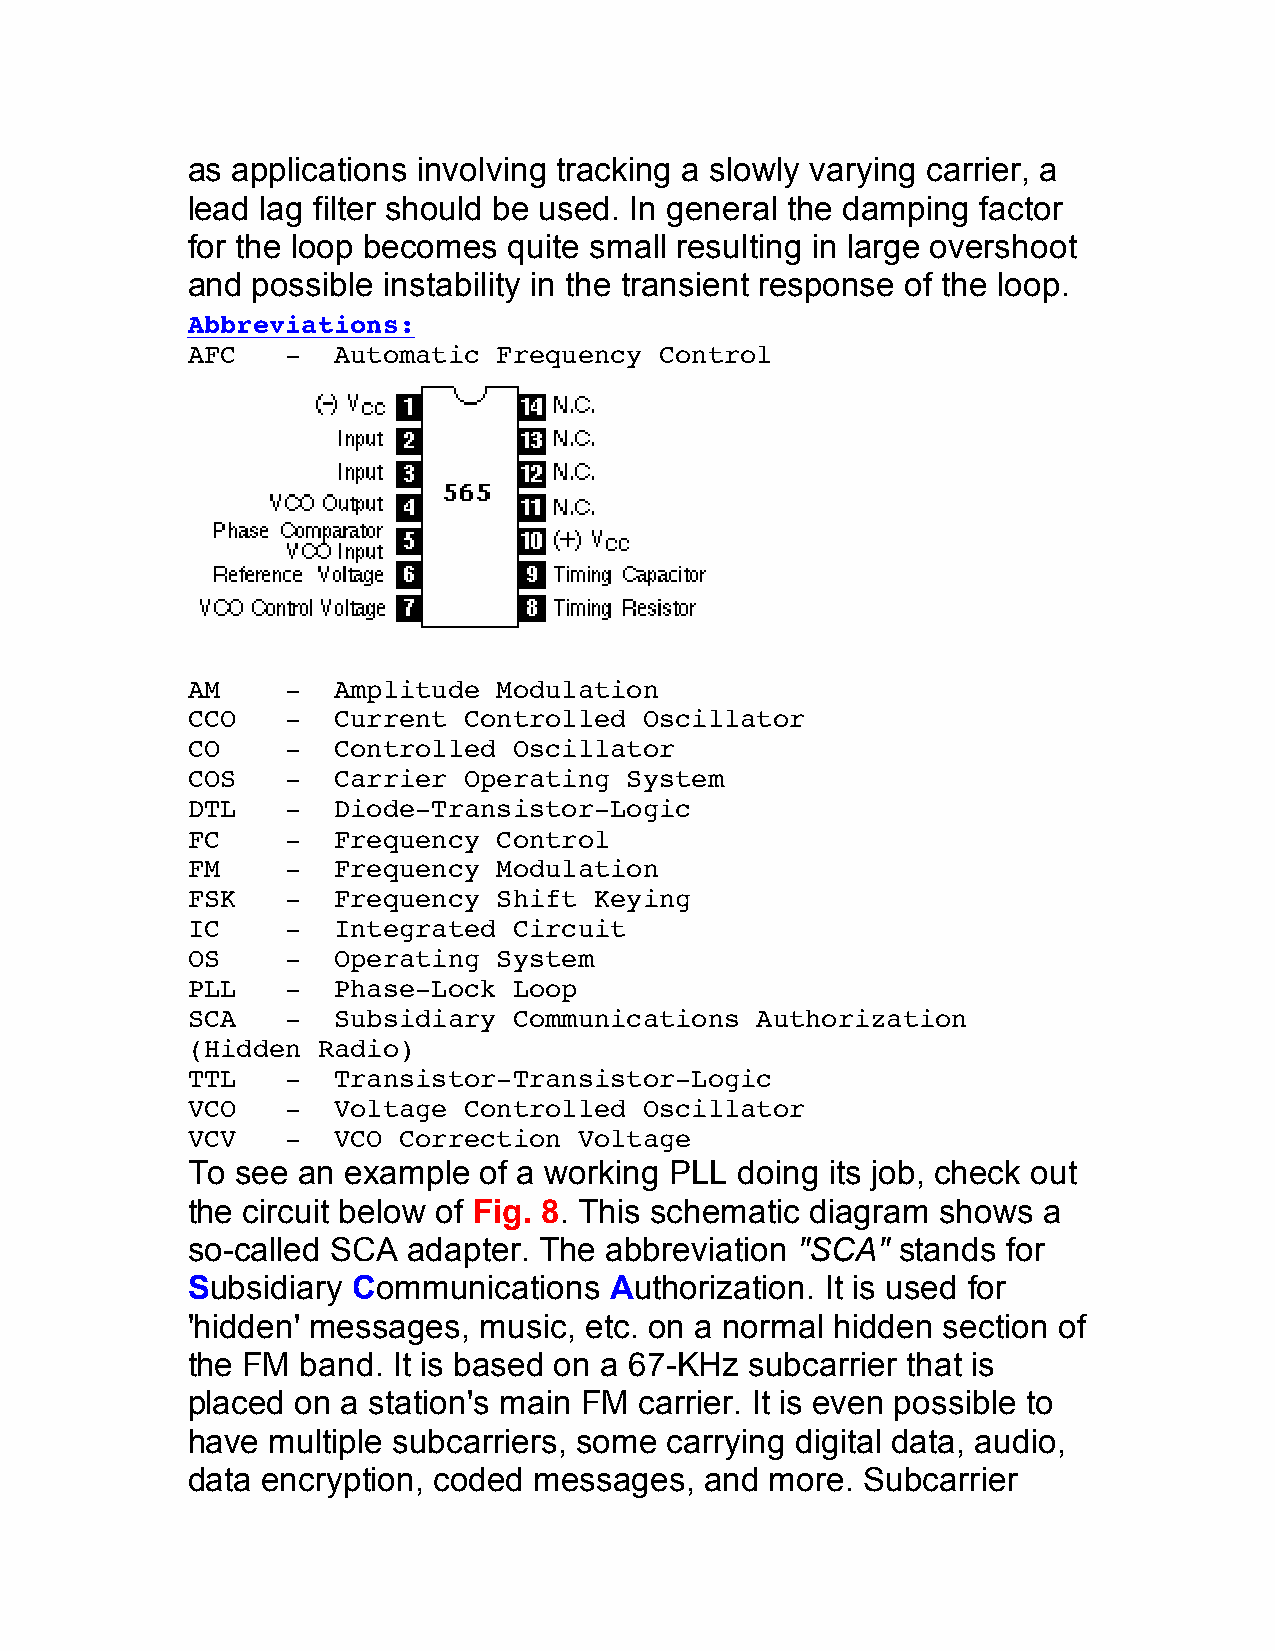
as applications involving tracking a slowly varying carrier, a
 lead lag filter should be used. In general the damping factor
 for the loop becomes  quite small resulting in large overshoot
 and  possible instability in the transient response of the loop.
 Abbreviations:
 AFC    -  Automatic  Frequency  Control
 AM     -  Amplitude  Modulation
 CCO    -  Current  Controlled  Oscillator
 CO     -  Controlled  Oscillator
 COS    -  Carrier  Operating System
 DTL    -  Diode-Transistor-Logic
 FC     -  Frequency  Control
 FM     -  Frequency  Modulation
 FSK    -  Frequency  Shift Keying
 IC     -  Integrated  Circuit
 OS     -  Operating  System
 PLL    -  Phase-Lock  Loop
 SCA    -  Subsidiary  Communications  Authorization
 (Hidden  Radio)
 TTL    -  Transistor-Transistor-Logic
 VCO    -  Voltage  Controlled  Oscillator
 VCV    -  VCO Correction  Voltage
 To  see an example  of a working PLL doing its job, check out
 the circuit below of Fig. 8. This schematic diagram shows a
 so-called SCA  adapter. The abbreviation "SCA" stands  for
 Subsidiary Communications   Authorization. It is used for
 'hidden' messages,  music, etc. on a normal hidden section of
 the FM  band. It is based on a 67-KHz subcarrier that is
 placed  on a station's main FM carrier. It is even possible to
 have  multiple subcarriers, some carrying digital data, audio,
 data encryption, coded messages,   and more. Subcarrier